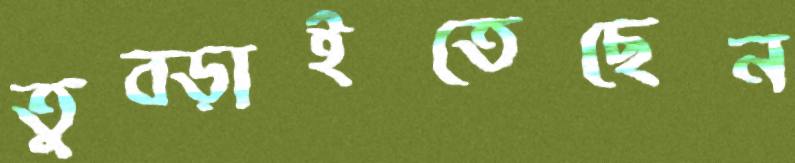
তুব্‌ড়াইতেছেন